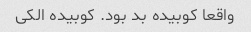
واقعا کوبیده بد بود. کوبیده الکی